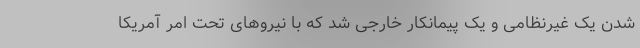
شدن یک غیرنظامی و یک پیمانکار خارجی شد که با نیروهای تحت امر آمریکا